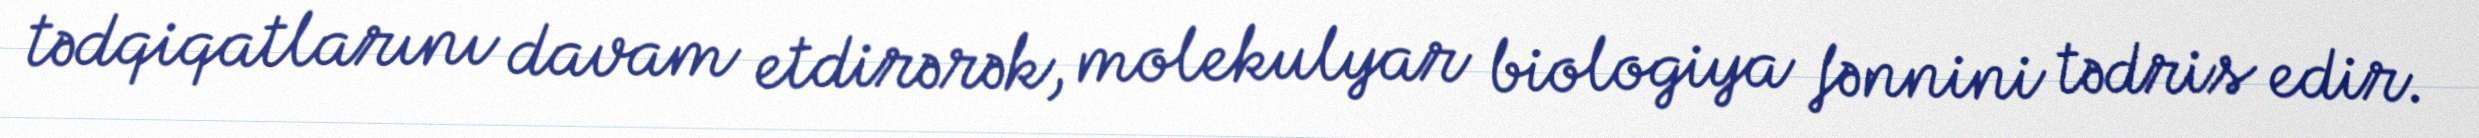
tədqiqatlarını davam etdirərək, molekulyar biologiya fənnini tədris edir.